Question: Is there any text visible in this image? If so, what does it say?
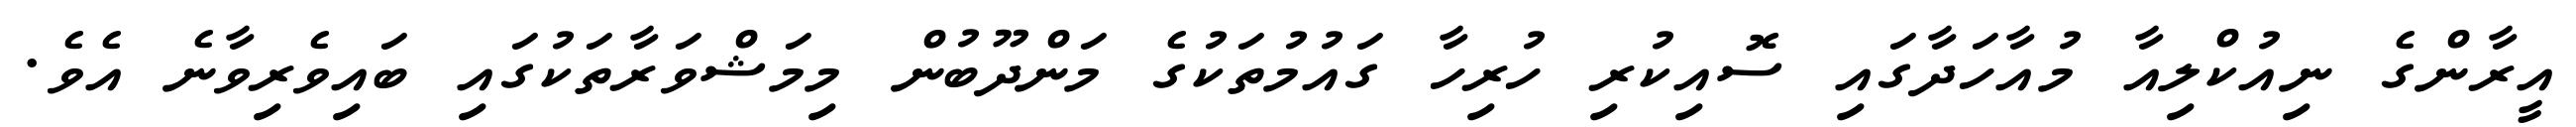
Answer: އީރާންގެ ނިއުކްލިއާ މުއާހަދާގައި ސޮއިކުރި ހުރިހާ ގައުމުތަކުގެ މަންދޫބުން މިމަޝްވަރާތަކުގައި ބައިވެރިވާނެ އެވެ.